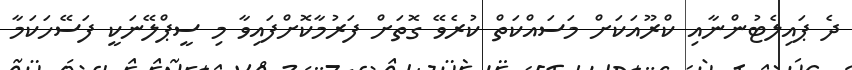
ދެ ޕައިލެޓުންނާއި ކްރޫއަކަށް މަސައްކަތް ކުރެވޭ ގޮތަށް ފަރުމާކޮށްފައިވާ މި ސީޕްލޭނަކީ ފަސޭހަކަމާ